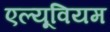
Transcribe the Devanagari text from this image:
एल्यूवियम